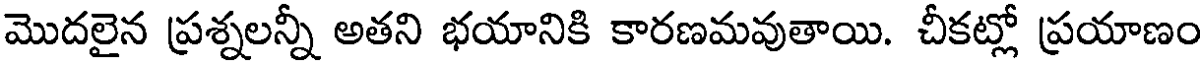
మొదలైన ప్రశ్నలన్నీ అతని భయానికి కారణమవుతాయి. చీకట్లో ప్రయాణం